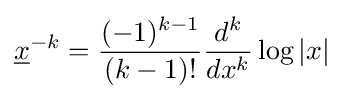
{\underline {x}}^{-k}={\frac {(-1)^{k-1}}{(k-1)!}}{\frac {d^{k}}{dx^{k}}}\log |x|